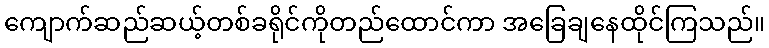
ကျောက်ဆည်ဆယ့်တစ်ခရိုင်ကိုတည်ထောင်ကာ အခြေချနေထိုင်ကြသည်။